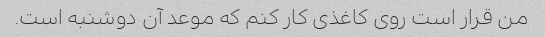
من قرار است روی کاغذی کار کنم که موعد آن دوشنبه است.